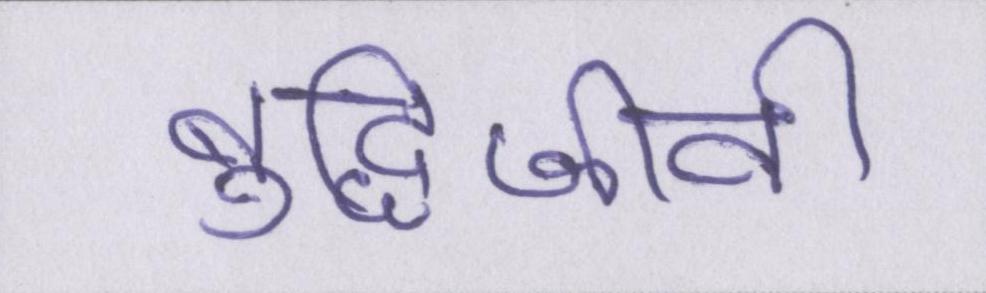
बुद्धिजीवी